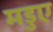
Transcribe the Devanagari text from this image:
मडुए